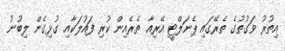
އިތުރު ވަގުތުގެ ތެރޭގައި ޕެނަލްޓީ އޭރިއާ ތެރެއިން ކުރި ފައުލަކާއި ގުޅިގެން ލިބުނު